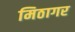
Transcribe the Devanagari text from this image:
मिठागर